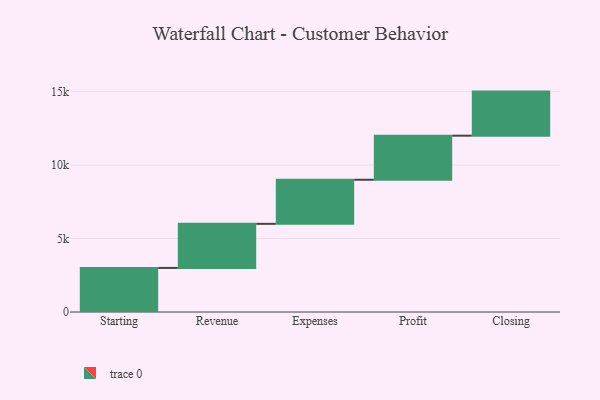
{"axis": {"x": "Step", "y": "Value"}, "legend": [""], "data": [{"x": "Starting", "y": 3000, "type": ""}, {"x": "Revenue", "y": 3000, "type": ""}, {"x": "Expenses", "y": 3000, "type": ""}, {"x": "Profit", "y": 3000, "type": ""}, {"x": "Closing", "y": 3000, "type": ""}]}